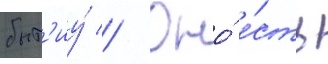
быт'иу́ // Оно́ е́сть